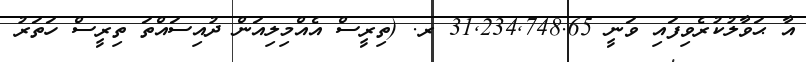
އާ ޙަވާލުކުރެވިފައި ވަނީ 31